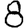
Digit: 8